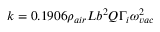
k = 0 . 1 9 0 6 \rho _ { a i r } L b ^ { 2 } Q \Gamma _ { i } \omega _ { v a c } ^ { 2 }